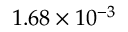
1 . 6 8 \times 1 0 ^ { - 3 }